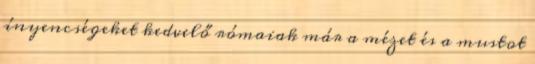
ínyencségeket kedvelő rómaiak már a mézet és a mustot